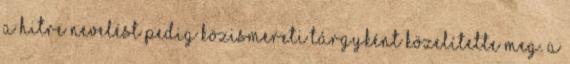
a hitre nevelést pedig közismereti tárgyként közelítette meg. A